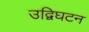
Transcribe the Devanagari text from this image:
उद्विघटन